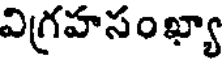
విగ్రహసంఖ్యా